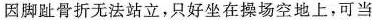
因脚趾骨折无法站立，只好坐在操场空地上，可当